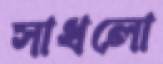
সাধলো